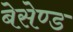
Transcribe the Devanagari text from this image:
बेसेण्ड